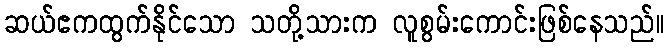
ဆယ်ဧကထွက်နိုင်သော သတို့သားက လူစွမ်းကောင်းဖြစ်နေသည်။